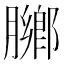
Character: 膷